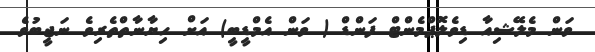
ވަން މެލޭޝިއާ ޑިވެލޮޕްމެންޓް ފަންޑް ( ވަން އެމްޑީބީ) އަށް ހިޔާނާތްތެރިވެ ނަޖީބުވެ